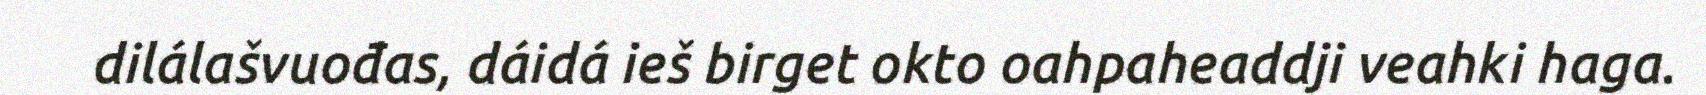
dilálašvuođas, dáidá ieš birget okto oahpaheaddji veahki haga.